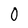
Character: 0